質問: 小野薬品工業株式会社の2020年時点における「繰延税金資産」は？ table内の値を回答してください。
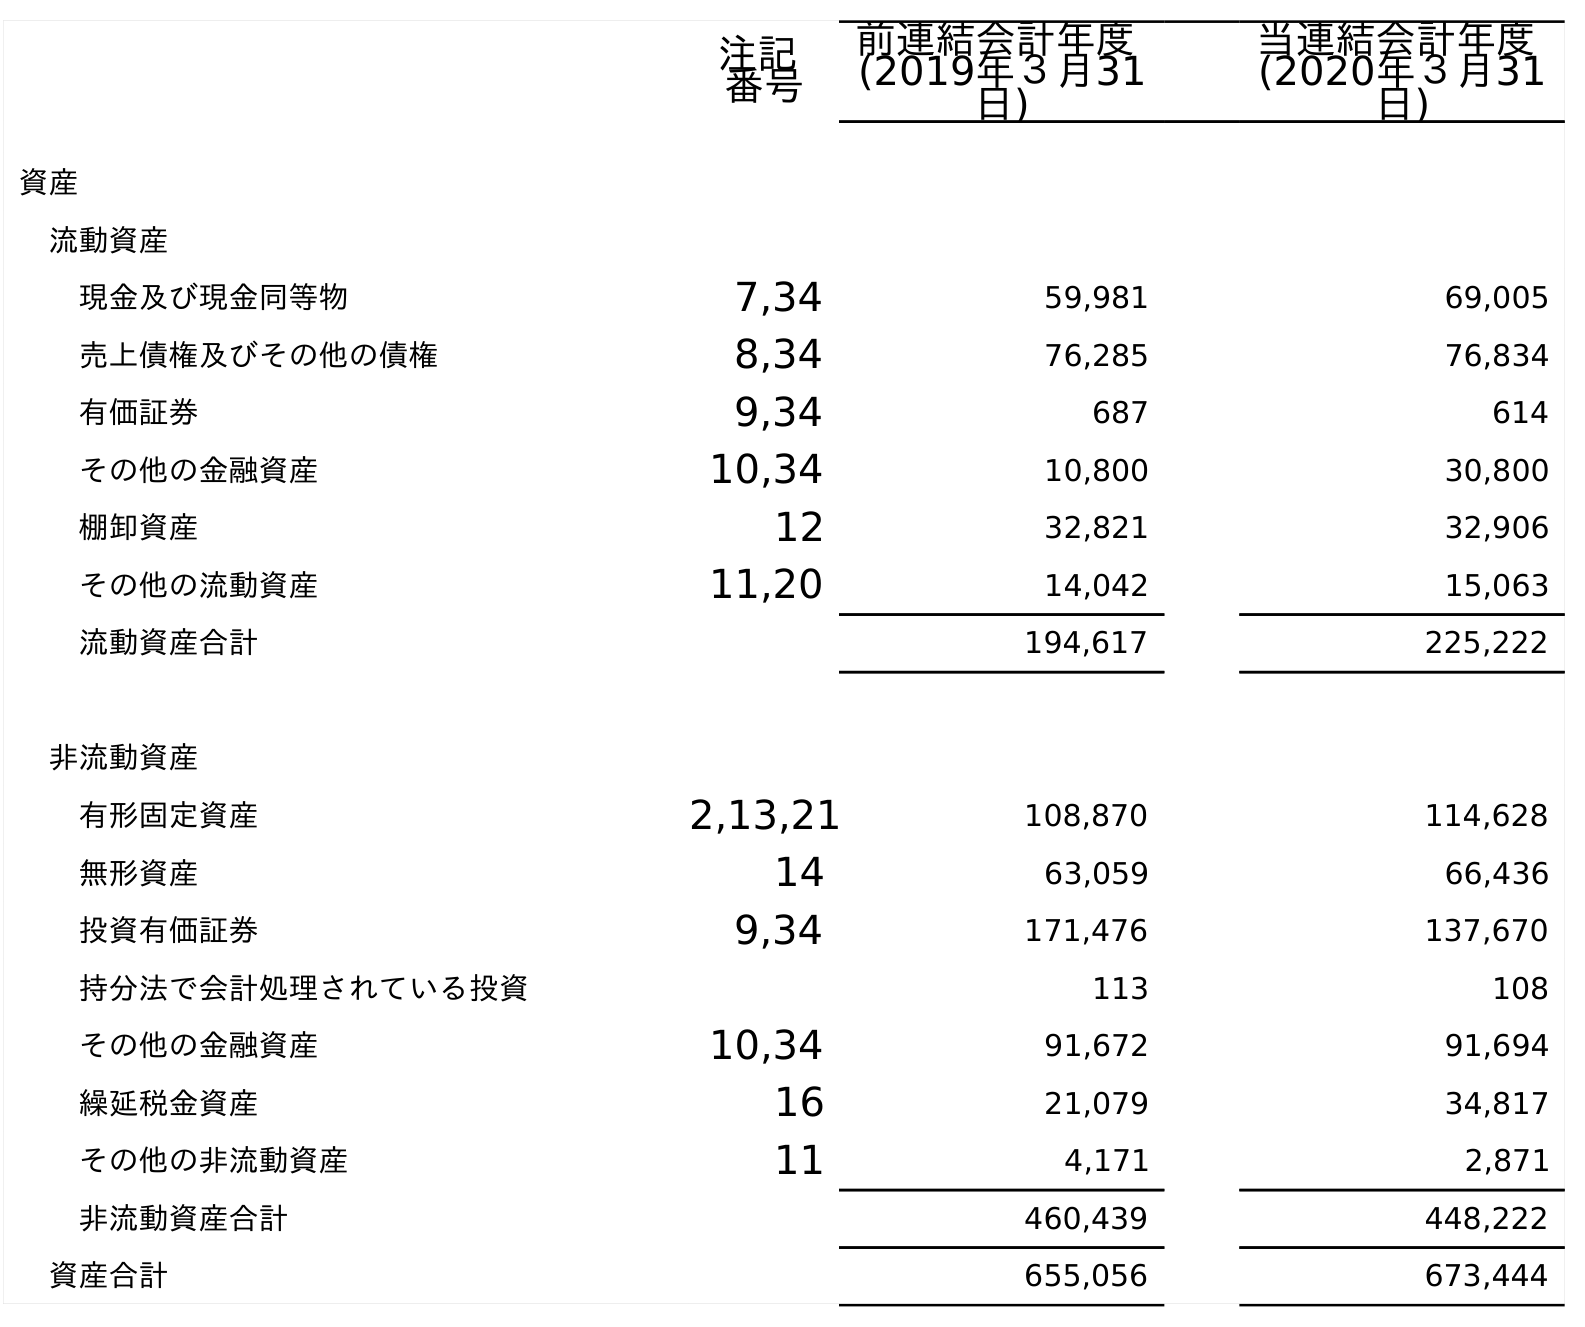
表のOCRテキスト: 注記 番号 前連結会計年度 (2019年３月31 日) 当連結会計年度 (2020年３月31 日) 資産 流動資産 現金及び現金同等物 7,34 59,981 69,005 売上債権及びその他の債権 8,34 76,285 76,834 有価証券 9,34 687 614 その他の金融資産 10,34 10,800 30,800 棚卸資産 12 32,821 32,906 その他の流動資産 11,20 14,042 15,063 流動資産合計 194,617 225,222 非流動資産 有形固定資産 2,13,21 108,870 114,628 無形資産 14 63,059 66,436 投資有価証券 9,34 171,476 137,670 持分法で会計処理されている投資 113 108 その他の金融資産 10,34 91,672 91,694 繰延税金資産 16 21,079 34,817 その他の非流動資産 11 4,171 2,871 非流動資産合計 460,439 448,222 資産合計 655,056 673,444
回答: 34,817